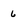
Character: 6